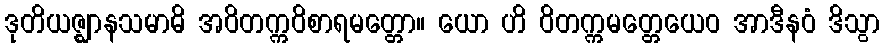
ဒုတိယဇ္ဈာနသမာဓိ အဝိတက္ကဝိစာရမတ္တော။ ယော ဟိ ဝိတက္ကမတ္တေယေဝ အာဒီနဝံ ဒိသွာ